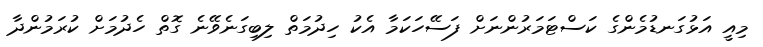
މިއީ އަޅުގަނޑުމެންގެ ކަސްޓަމަރުންނަށް ފަސޭހަކަމާ އެކު ހިދުމަތް ލިބިގަނެވޭނެ ގޮތް ހެދުމަށް ކުރަމުންދާ